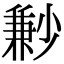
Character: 㝺